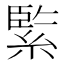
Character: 𦂳